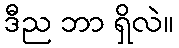
ဒီည ဘာ ရှိလဲ။